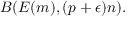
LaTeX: B ( E ( m ) , ( p + \epsilon ) n ) .